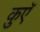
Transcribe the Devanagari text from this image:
कुएॅ